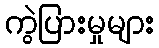
ကွဲပြားမှုများ